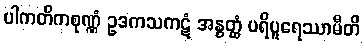
ပါကတိကစုဏ္ဏံ ဥဒကသကဋံ အနွတ္ထံ ပရိပူရေဿာမီတိ